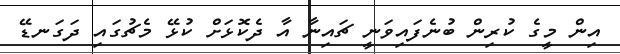
އިން މީގެ ކުރިން ބުނެފައިވަނީ ޗައިނާ އާ ދެކޮޅަށް ކުޅޭ މެޗުގައި ދަގަނޑޭ